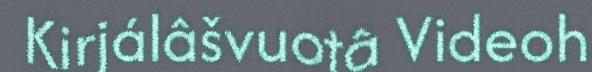
Kirjálâšvuotâ Videoh